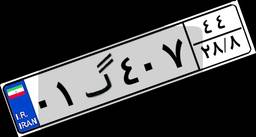
۰۱گ۴۰۷۴۴